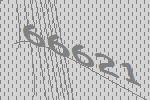
66621